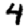
Digit: 4